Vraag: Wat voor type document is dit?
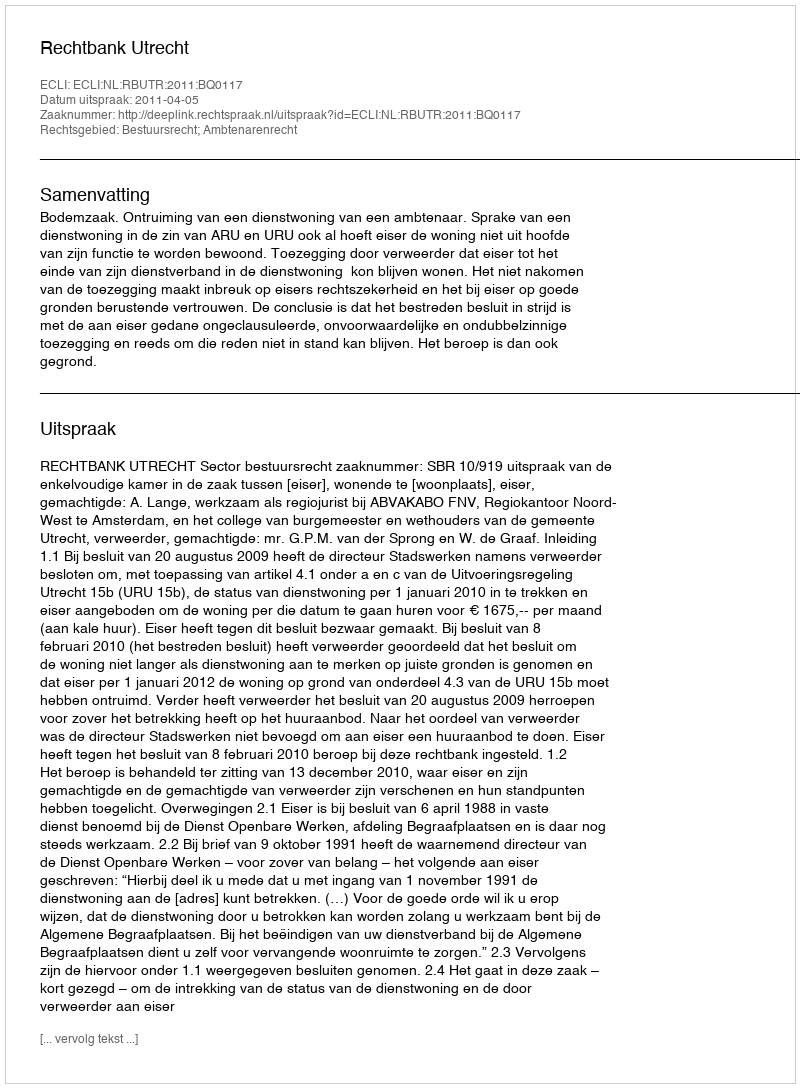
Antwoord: Uitspraak